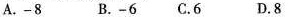
A.-8 B.-6 C.6 D.8